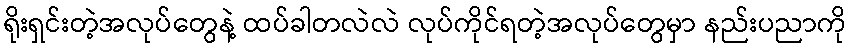
ရိုးရှင်းတဲ့အလုပ်တွေနဲ့ ထပ်ခါတလဲလဲ လုပ်ကိုင်ရတဲ့အလုပ်တွေမှာ နည်းပညာကို